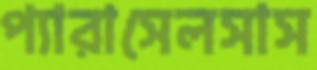
প্যারাসেলসাস